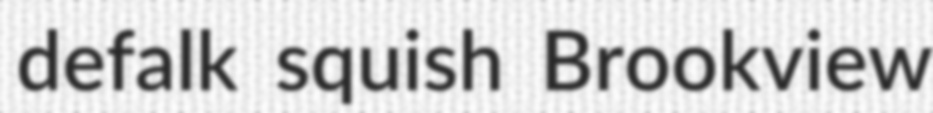
defalk squish Brookview